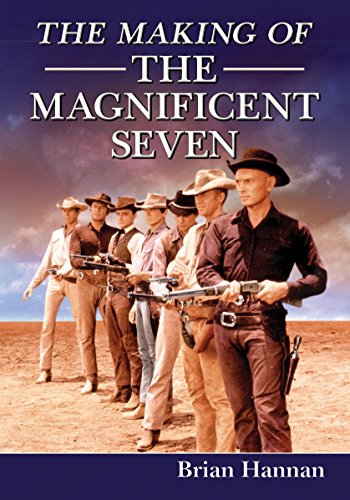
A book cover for The Making of the Magnificent Seven: Behind the Scenes of the Pivotal Western; Brian Hannan; Humor & Entertainment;